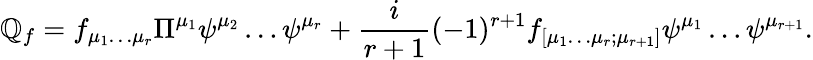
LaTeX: \mathbb{Q}_{f}=f_{\mu_{1}\dots\mu_{r}}\Pi^{\mu_{1}}\psi^{\mu_{2}}\dots\psi^{\mu_{r}}+\frac{{i}}{{r+1}}(-1)^{r+1}f_{[\mu_{1}\dots\mu_{r};\mu_{r+1}]}\psi^{\mu_{1}}\dots\psi^{\mu_{r+1}}.